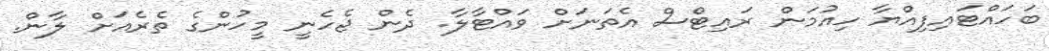
ބަހައްޓައިފިއްޔާ ހިއުމަން ރައިޓްސް އެތަނަށް ވައްޓާލާ. ދެން ޖެހެނީ މީހުންގެ ތެރެއަށް ލާން.